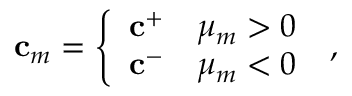
\mathbf { c } _ { m } = \left\{ \begin{array} { l l } { \mathbf { c } ^ { + } } & { \mu _ { m } > 0 } \\ { \mathbf { c } ^ { - } } & { \mu _ { m } < 0 } \end{array} \right. \; ,